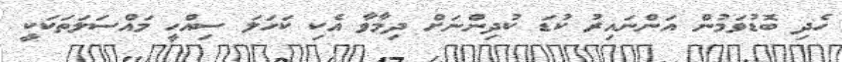
ހެދި ބޮޑުވަމުން އަންނައިރު ކުޑަ ކުދިންނަށް ދިމާވާ އެކި ކަހަލަ ސިއްހީ މައްސަލަތަކަކީ